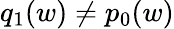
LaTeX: q_{1}(w)\neq p_{0}(w)